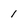
Character: 1